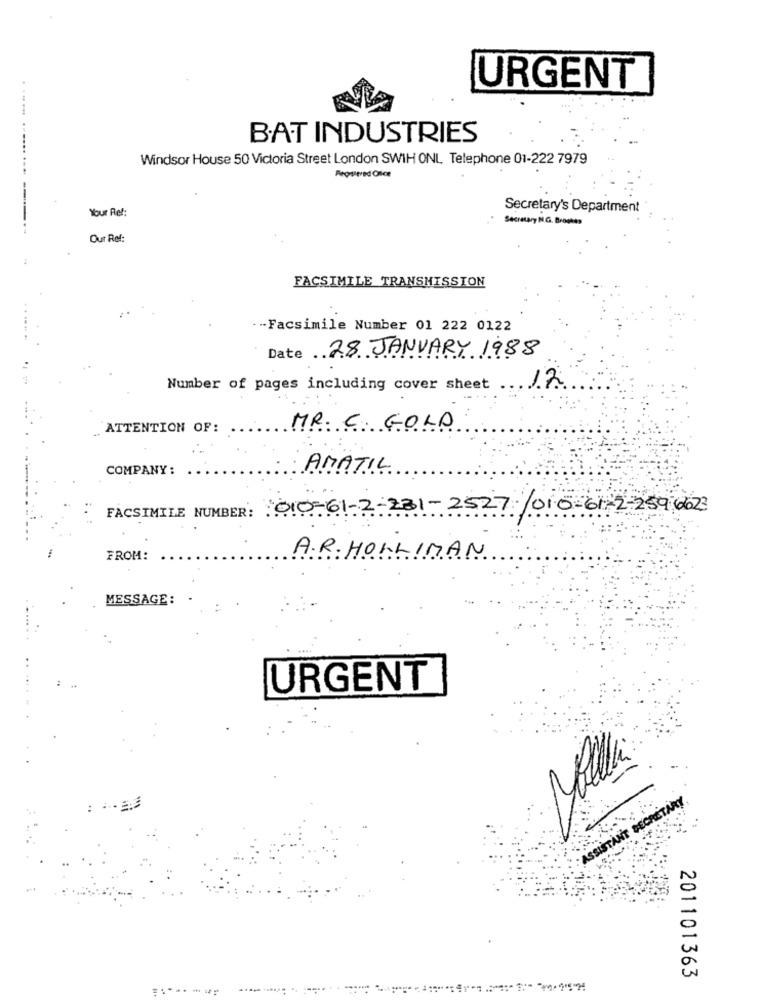
URGENT
BAT INDUSTRIES
Windsor House 50 Victoria Street London SWIH ONL Telephone 01-222 7979
Registered Ofice
Your Ref:
Secretary's Department
Secretary N.G. Broshes
Our Ref:
FACSIMILE TRANSMISSION
- - Facsimile Number 01 222 0122
Date 28 JANUARY 1988
12
Number of pages including cover sheet
ATTENTION OF:
MR. C. GOLD
COMPANY:
AMATIL
FACSIMILE NUMBER: 010-61-2-231-2527 /010-61-2-259 6623
FROM:
A.R. HOWLIMAN
MESSAGE:
URGENT
ASSISTANT SECRETARY.
: --
201101363
--------------- --